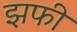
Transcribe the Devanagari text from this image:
झफी